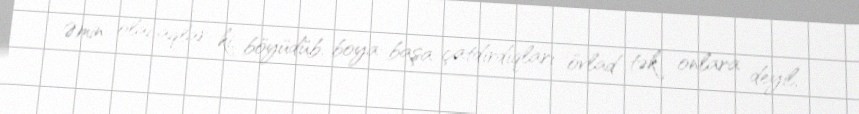
Əmin olacaqlar ki, böyüdüb, boya-başa çatdırdıqları övlad tək onlara deyil,